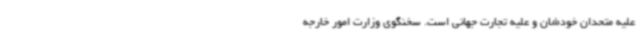
علیه متحدان خودشان و علیه تجارت جهانی است. سخنگوی وزارت امور خارجه